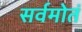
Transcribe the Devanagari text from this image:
सर्वमोतं